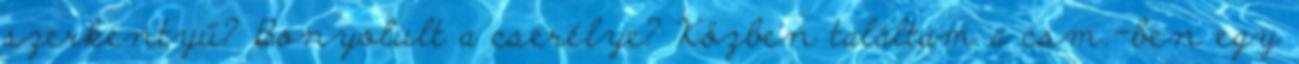
szerkentyű? Bonyolult a cserélye? Közben találtam a csm.-ben egy